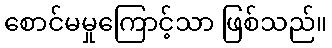
စောင်မမှုကြောင့်သာ ဖြစ်သည်။